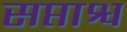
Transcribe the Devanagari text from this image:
सप्ताश्व